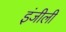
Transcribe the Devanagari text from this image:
इंजीली